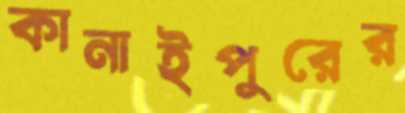
কানাইপুরের